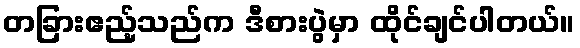
တခြားဧည့်သည်က ဒီစားပွဲမှာ ထိုင်ချင်ပါတယ်။